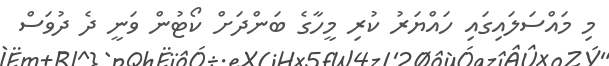
މި މައްސަލައިގައި ހައްޔަރު ކުރި މީހާގެ ބަންދަށް ކޯޓުން ވަނީ ދެ ދުވަސް